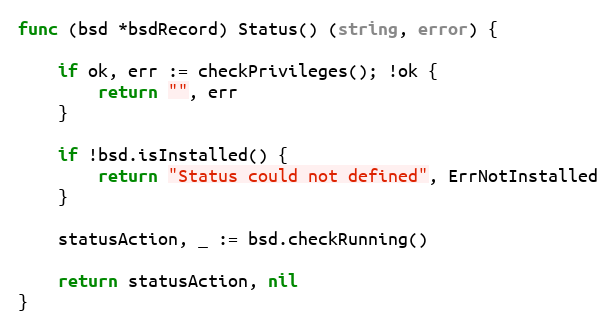
Language: Go
func (bsd *bsdRecord) Status() (string, error) {

	if ok, err := checkPrivileges(); !ok {
		return "", err
	}

	if !bsd.isInstalled() {
		return "Status could not defined", ErrNotInstalled
	}

	statusAction, _ := bsd.checkRunning()

	return statusAction, nil
}